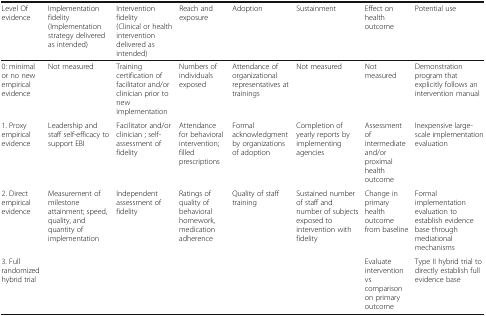
| Level Of evidence | Implementation fidelity(Implementation strategy delivered as intended) | Intervention fidelity(Clinical or health intervention delivered as intended) | Reach and exposure | Adoption | Sustainment | Effect on health outcome | Potential use |
 | --- | --- | --- | --- | --- | --- | --- | --- |
 | 0: minimal or no new empirical evidence | Not measured | Training certification of facilitator and/or clinician prior to new implementation | Numbers of individuals exposed | Attendance of organizational representatives at trainings | Not measured | Not measured | Demonstration program that explicitly follows an intervention manual |
 | 1. Proxy empirical evidence | Leadership and staff self-efficacy to support EBI | Facilitator and/or clinician ; self-assessment of fidelity | Attendance for behavioral intervention; filled prescriptions | Formal acknowledgment by organizations of adoption | Completion of yearly reports by implementing agencies | Assessment of intermediate and/or proximal health outcome | Inexpensive large-scale implementation evaluation |
 | 2. Direct empirical evidence | Measurement of milestone attainment; speed, quality, and quantity of implementation | Independent assessment of fidelity | Ratings of quality of behavioral homework, medication adherence | Quality of staff training | Sustained number of staff and number of subjects exposed to intervention with fidelity | Change in primary health outcome from baseline | Formal implementation evaluation to establish evidence base through mediational mechanisms |
 | 3. Full randomized hybrid trial |  |  |  |  |  | Evaluate intervention vs comparison on primary outcome | Type II hybrid trial to directly establish full evidence base |